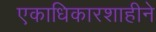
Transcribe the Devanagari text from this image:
एकाधिकारशाहीने